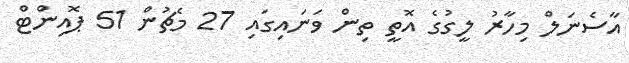
އާސެނަލް މިހާރު ލީގުގެ އޮތީ ތިން ވަނައިގައި 27 މެޗުން 51 ޕޮއިންޓް